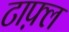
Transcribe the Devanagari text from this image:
टाफ़्ल